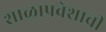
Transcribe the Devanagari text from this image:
शाळाप्रवेशाची